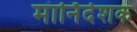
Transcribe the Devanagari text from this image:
मार्निर्देशक